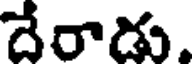
దేరాడు.